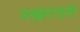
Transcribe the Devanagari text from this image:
रुखमावती